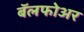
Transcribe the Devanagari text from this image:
बॅलफोअर